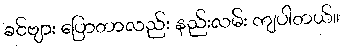
ခင်ဗျား ပြောတာလည်း နည်းလမ်း ကျပါတယ်။